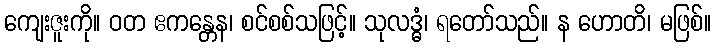
ကျေးဇူးကို။ ဝတ ဧကန္တေန၊ စင်စစ်သဖြင့်။ သုလဒ္ဓံ၊ ရတော်သည်။ န ဟောတိ၊ မဖြစ်။